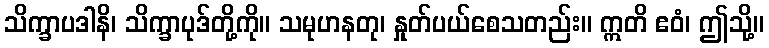
သိက္ခာပဒါနိ၊ သိက္ခာပုဒ်တို့ကို။ သမုဟနတု၊ နှုတ်ပယ်စေသတည်း။ ဣတိ ဧဝံ၊ ဤသို့။